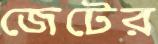
জেটের